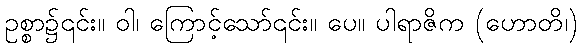
ဥစ္စာ၌၎င်း။ ဝါ၊ ကြောင့်သော်၎င်း။ ပေ။ ပါရာဇိက (ဟောတိ၊)